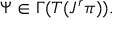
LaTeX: \Psi \in \Gamma ( T ( J ^ { r } \pi ) ) .